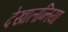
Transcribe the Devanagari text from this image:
देखालन्तिया